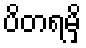
ပိတရမှိ